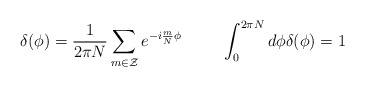
\begin{align*}\delta(\phi)=\frac{1}{2\pi N}\sum_{m\in \cal{Z}}e^{-i\frac{m}{N}\phi}\hspace{10mm}\int_0^{2\pi N}d\phi\delta(\phi)=1\end{align*}